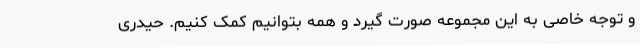
و توجه خاصی به این مجموعه صورت گیرد و همه بتوانیم کمک کنیم. حیدری